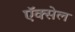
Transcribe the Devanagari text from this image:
ऍक्सेल